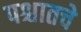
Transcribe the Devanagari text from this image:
पश्चातचे